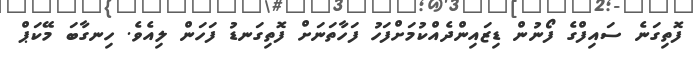
ފޮތިގަނެ ސައިފްގެ ފޯނުން ޑިޒައިންދެއްކުމަށްފަހު ފަހާތަނަށް ފޮތިގަނޑު ފަހަން ލިއެވެ. ހިނގާބަ މޭކަޕް